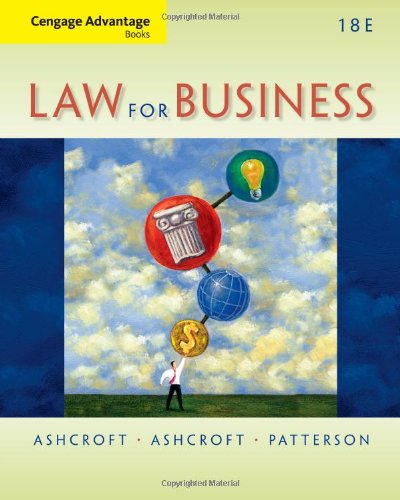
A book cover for Cengage Advantage Books: Law for Business; John D. Ashcroft; Medical Books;